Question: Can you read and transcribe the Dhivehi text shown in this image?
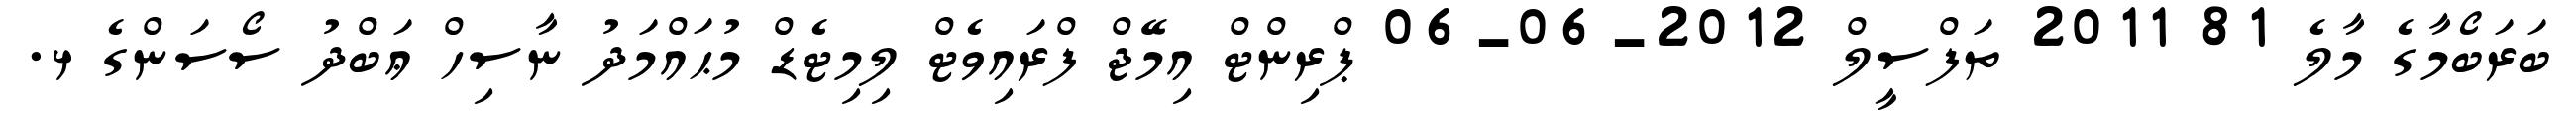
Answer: ބަރަބޯމާގެ މާލެ 81 2011 ތަފްސީލް 2012-06-06 ޕްރިންޓް އިމޭޖް ފްރައިވެޓް ލިމިޓެޑް މުޙައްމަދު ނާސިހް ޢަބްދު ސޯސަންގެ ޅ.